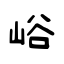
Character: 峪